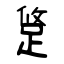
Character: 跾